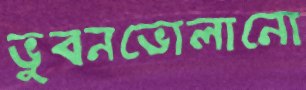
ভুবনভোলানো